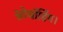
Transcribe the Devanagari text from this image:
स्नोबॉर्डिंग।